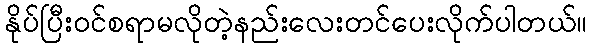
နိုပ်ပြီးဝင်စရာမလိုတဲ့နည်းလေးတင်ပေးလိုက်ပါတယ်။